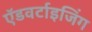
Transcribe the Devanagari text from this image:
ऍडवर्टाइजिंग